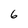
Character: 6